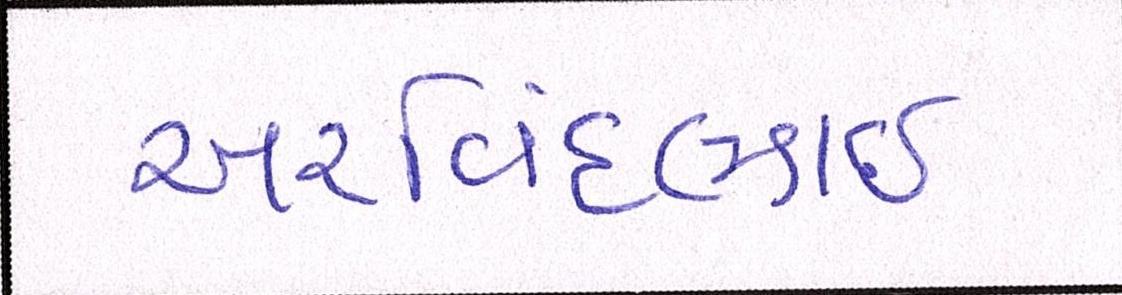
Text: અરવિંદભાઇ